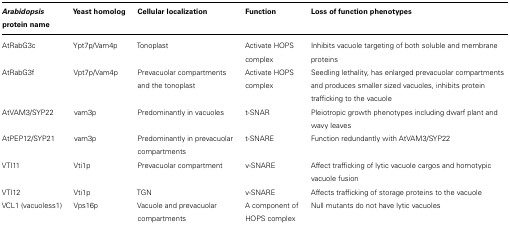
<table><thead><tr><td><b><i>Arabidopsis</i> protein name</b></td><td><b>Yeast homolog</b></td><td><b>Cellular localization</b></td><td><b>Function</b></td><td><b>Loss of function phenotypes</b></td></tr></thead><tbody><tr><td>AtRabG3c</td><td>Ypt7p/Vam4p</td><td>Tonoplast</td><td>Activate HOPS complex</td><td>Inhibits vacuole targeting of both soluble and membrane proteins</td></tr><tr><td>AtRabG3f</td><td>Vpt7p/Vam4p</td><td>Prevacuolar compartments and the tonoplast</td><td>Activate HOPS complex</td><td>Seedling lethality, has enlarged prevacuolar compartments and produces smaller sized vacuoles, inhibits protein trafficking to the vacuole</td></tr><tr><td>AtVAM3/SYP22</td><td>vam3p</td><td>Predominantly in vacuoles</td><td>t-SNAR</td><td>Pleiotropic growth phenotypes including dwarf plant and wavy leaves</td></tr><tr><td>AtPEP12/SYP21</td><td>vam3p</td><td>Predominantly in prevacuolar compartments</td><td>t-SNARE</td><td>Function redundantly with AtVAM3/SYP22</td></tr><tr><td>VTI11</td><td>Vti1p</td><td>Prevacuolar compartment</td><td>v-SNARE</td><td>Affect trafficking of lytic vacuole cargos and homotypic vacuole fusion</td></tr><tr><td>VTI12</td><td>Vti1p</td><td>TGN</td><td>v-SNARE</td><td>Affects trafficking of storage proteins to the vacuole</td></tr><tr><td>VCL1 (vacuoless1)</td><td>Vps16p</td><td>Vacuole and prevacuolar compartments</td><td>A component of HOPS complex</td><td>Null mutants do not have lytic vacuoles</td></tr></tbody></table>